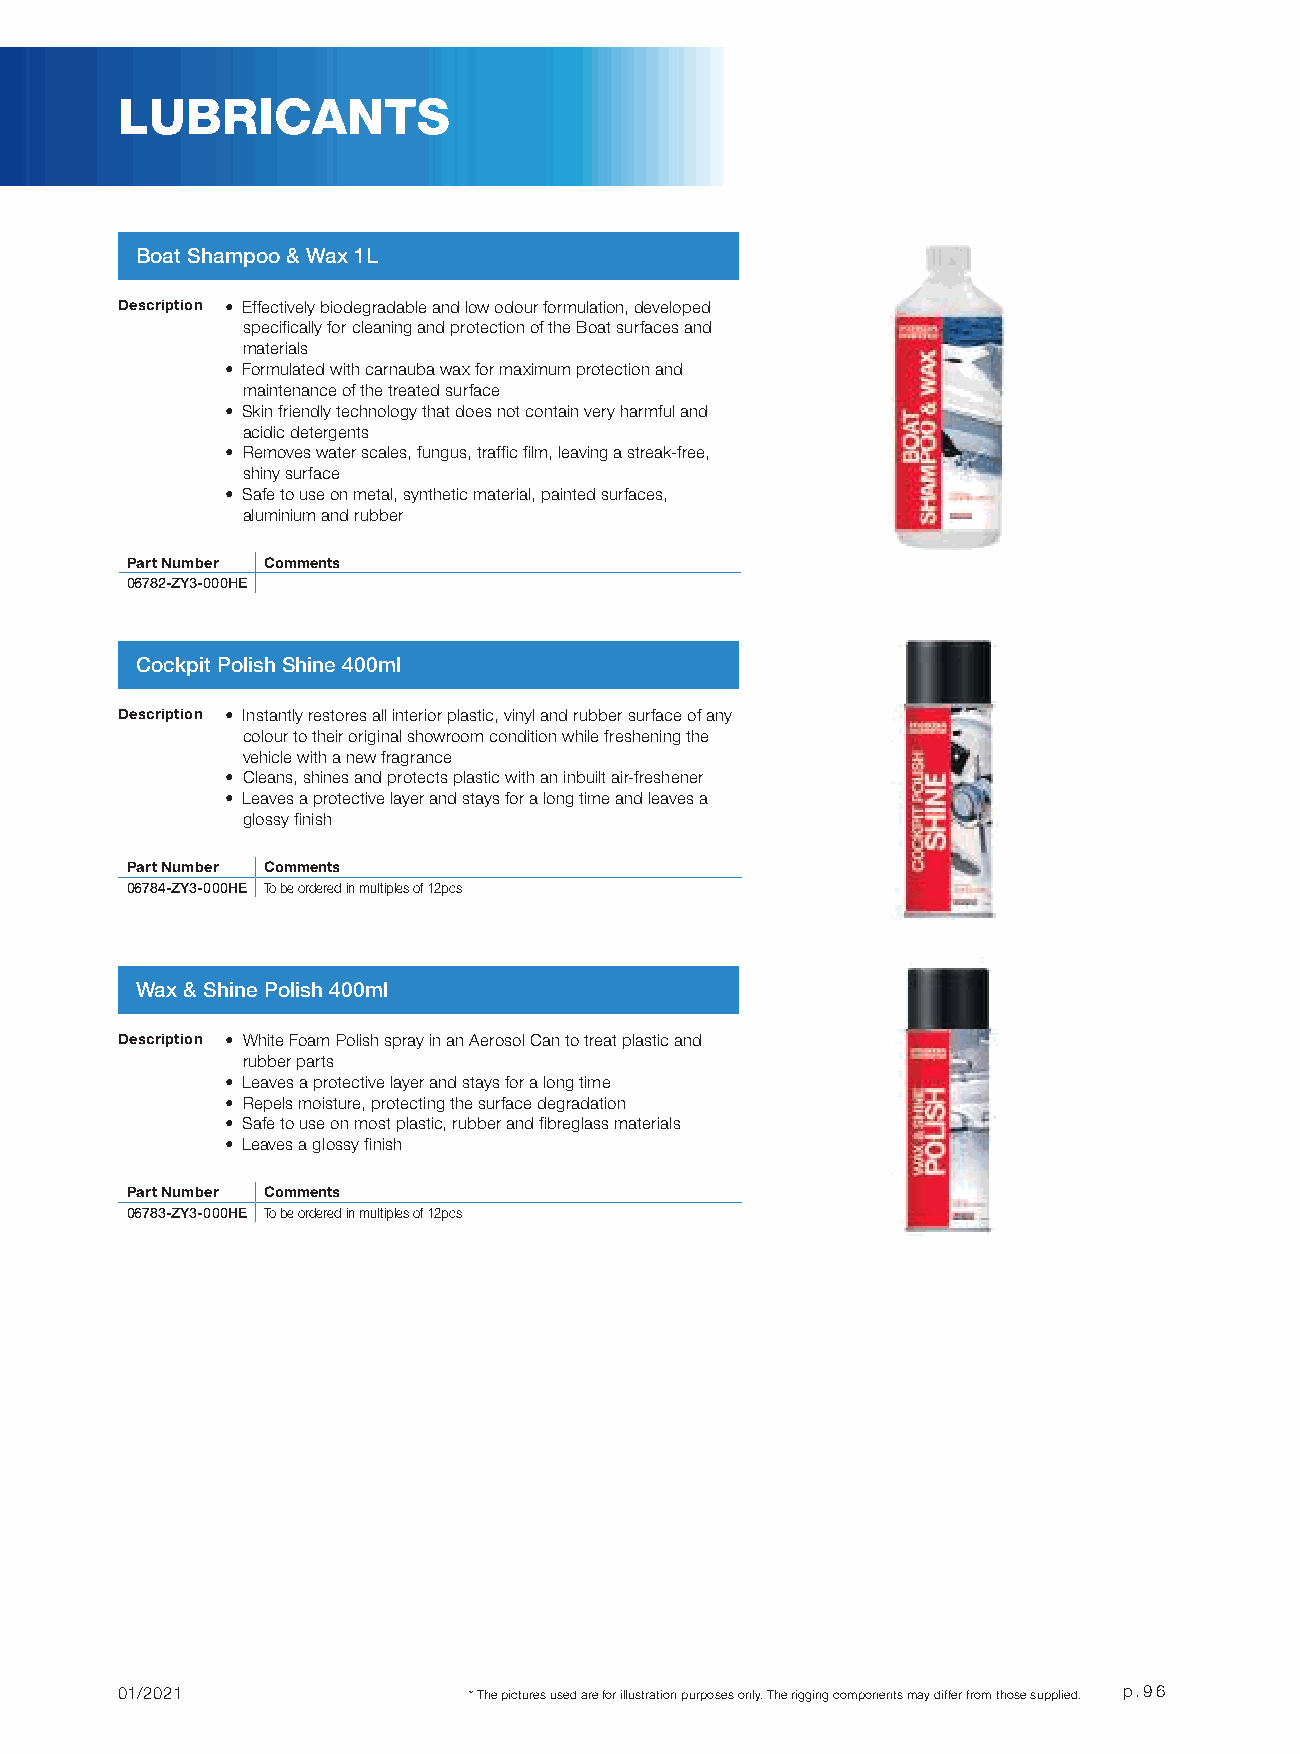
LUBRICANTS
 Boat Shampoo & Wax 1L
 Description • Effectively biodegradable and low odour formulation, developed
 specifically for cleaning and protection of the Boat surfaces and
 materials
 • Formulated with carnauba wax for maximum protection and
 maintenance of the treated surface
 • Skin friendly technology that does not contain very harmful and
 acidic detergents
 • Removes water scales, fungus, traffic film, leaving a streak-free,
 shiny surface
 • Safe to use on metal, synthetic material, painted surfaces,
 aluminium and rubber
 Part Number Comments
 06782-ZY3-000HE
 Cockpit Polish Shine 400ml
 Description • Instantly restores all interior plastic, vinyl and rubber surface of any
 colour to their original showroom condition while freshening the
 vehicle with a new fragrance
 • Cleans, shines and protects plastic with an inbuilt air-freshener
 • Leaves a protective layer and stays for a long time and leaves a
 glossy finish
 Part Number Comments
 06784-ZY3-000HE To be ordered in multiples of 12pcs
 Wax & Shine Polish 400ml
 Description • White Foam Polish spray in an Aerosol Can to treat plastic and
 rubber parts
 • Leaves a protective layer and stays for a long time
 • Repels moisture, protecting the surface degradation
 • Safe to use on most plastic, rubber and fibreglass materials
 • Leaves a glossy finish
 Part Number Comments
 06783-ZY3-000HE To be ordered in multiples of 12pcs
 01/2021                * The pictures used are for illustration purposes only. The rigging components may differ from those supplied. p.96